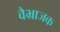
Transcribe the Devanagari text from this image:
वैभ्राजक